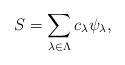
LaTeX: \begin{align*} S=\sum_{\lambda \in \Lambda} c_{\lambda} \psi_{\lambda},\end{align*}